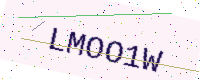
Text: LMOO1W